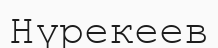
Нүрекеев